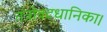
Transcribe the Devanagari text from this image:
तंत्रोवटधानिका।